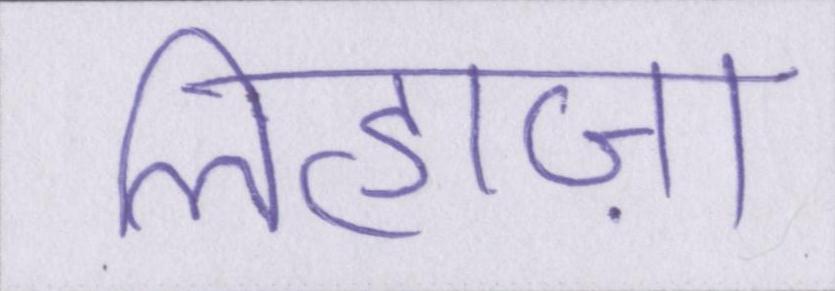
लिहाज़ा